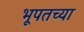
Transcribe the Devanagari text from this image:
भूपतच्या